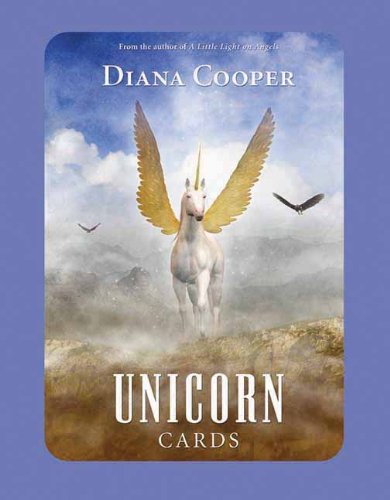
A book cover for The Unicorn Cards; Diana Cooper; Literature & Fiction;